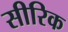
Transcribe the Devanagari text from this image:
सीरिक